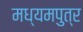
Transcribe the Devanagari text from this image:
मध्यमपुत्र